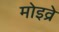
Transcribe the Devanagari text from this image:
मोइव्रे